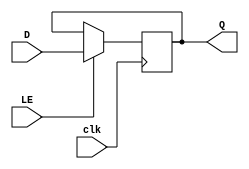
module pipo4b (D,LE,clk,Q);
	input [3:0]D;
	input LE,clk;
	output [3:0]Q;
	
reg [3:0]Q;

always @(negedge clk)
begin
	if(LE==1'b1)
		Q<=D;
	else if (LE==1'b0)
		Q<=Q;
	else
		Q<=4'bzzzz;
end
endmodule